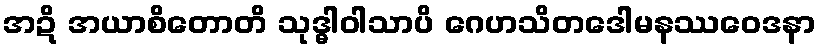
အဍိ အယာစိတောတိ သုဒ္ဓါဝါသာပိ ဂေဟသိတဒေါမနဿဝေဒနာ